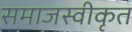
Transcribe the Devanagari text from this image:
समाजस्वीकृत